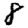
Digit: 8